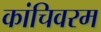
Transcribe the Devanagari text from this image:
कांचिवरम